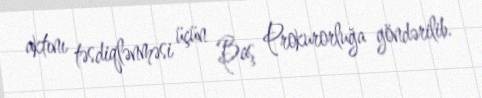
aktını təsdiqlənməsi üçün Baş Prokurorluğa göndərilib.